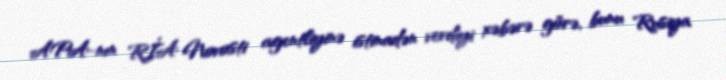
APA-nın RİA Novosti agentliyinə istinadən verdiyi xəbərə görə, bunu Rusiya